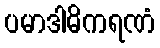
ပမာဒါဓိကရဏံ